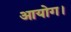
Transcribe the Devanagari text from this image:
आयोग।